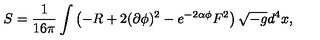
S = \frac { 1 } { 1 6 \pi } \int \left( - R + 2 ( \partial \phi ) ^ { 2 } - e ^ { - 2 \alpha \phi } F ^ { 2 } \right) \sqrt { - g } d ^ { 4 } x ,